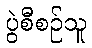
ပွဲစီစဉ်သူ